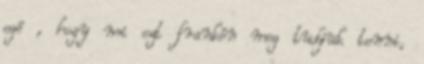
egó , hogy mi ezt frankón meg tudjuk tenni,